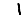
Digit: 1